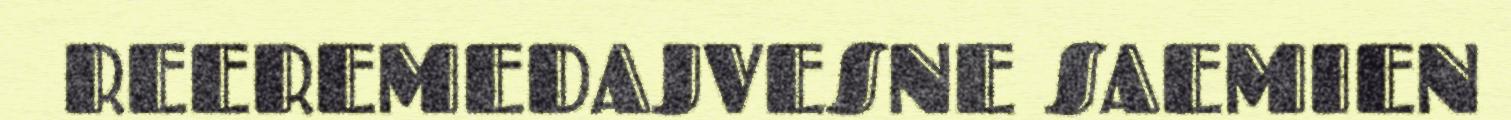
REEREMEDAJVESNE SAEMIEN